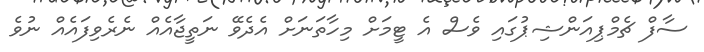
ސާފް ޗެމްޕިއަންޝިޕުގައި ވެސް އެ ޓީމަށް މިހާތަނަށް އެދެވޭ ނަތީޖާއެއް ނެރެވިފައެއް ނުވެ